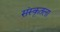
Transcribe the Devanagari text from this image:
संस्कृतला